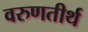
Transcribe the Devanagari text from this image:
वरुणतीर्थ